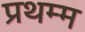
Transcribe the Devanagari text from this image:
प्रथम्म